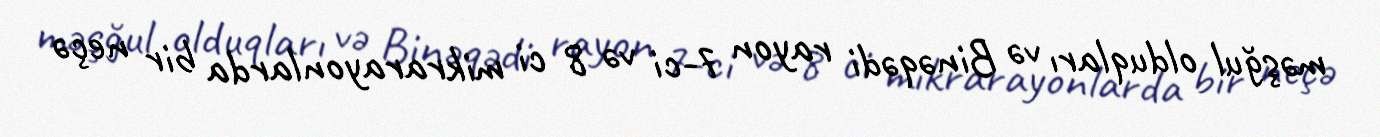
məşğul olduqları və Binəqədi rayon 7-ci və 8 ci mikrarayonlarda bir neçə